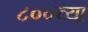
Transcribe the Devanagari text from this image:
८००च्या